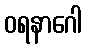
ဝရနာဂေါ